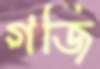
গর্জি